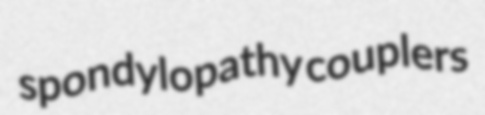
spondylopathy couplers